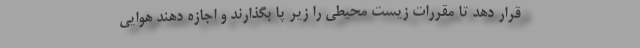
قرار دهد تا مقررات زیست محیطی را زیر پا بگذارند و اجازه دهند هوایی